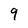
Character: 9